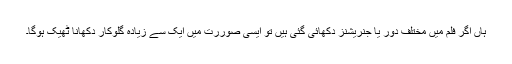
ہاں اگر فلم میں مختلف دور یا جنریشنز دکھائی گئی ہیں تو ایسی صوررت میں ایک سے زیادہ گلوکار دکھانا ٹھیک ہوگا۔